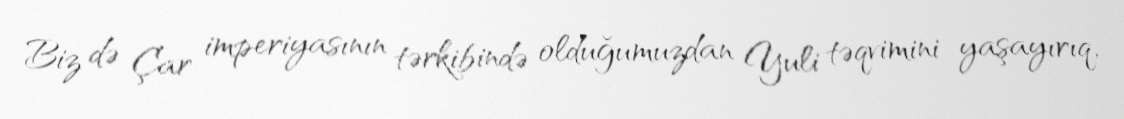
Biz də Çar imperiyasının tərkibində olduğumuzdan Yuli təqvimini yaşayırıq,